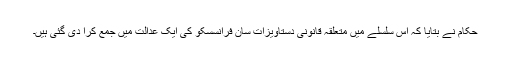
حکام نے بتایا کہ اس سلسلے میں متعلقہ قانونی دستاویزات سان فرانسسکو کی ایک عدالت میں جمع کرا دی گئی ہیں۔